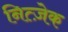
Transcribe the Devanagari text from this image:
नित्ज़ेक